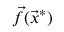
{ \vec { f } } ( { \vec { x } } ^ { * } )